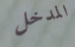
المدخل